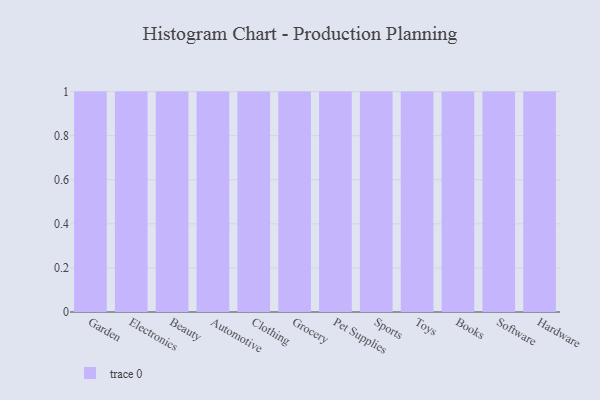
{"axis": {"x": "Category", "y": "Operating Costs (USD K)"}, "legend": [""], "data": [{"x": "Garden", "y": 47, "type": ""}, {"x": "Electronics", "y": 22, "type": ""}, {"x": "Beauty", "y": 63, "type": ""}, {"x": "Automotive", "y": 41, "type": ""}, {"x": "Clothing", "y": 86, "type": ""}, {"x": "Grocery", "y": 50, "type": ""}, {"x": "Pet Supplies", "y": 18, "type": ""}, {"x": "Sports", "y": 42, "type": ""}, {"x": "Toys", "y": 21, "type": ""}, {"x": "Books", "y": 10, "type": ""}, {"x": "Software", "y": 64, "type": ""}, {"x": "Hardware", "y": 95, "type": ""}]}